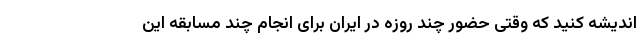
اندیشه کنید که وقتی حضور چند روزه در ایران برای انجام چند مسابقه این